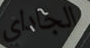
الجاداي